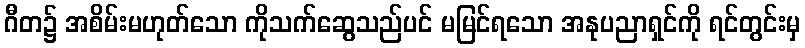
ဂီတ၌ အစိမ်းမဟုတ်သော ကိုသက်ဆွေသည်ပင် မမြင်ရသော အနုပညာရှင်ကို ရင်တွင်းမှ